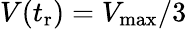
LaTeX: V(t_{\mathrm{r}})=V_{\mathrm{max}}/3